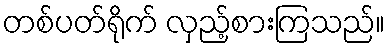
တစ်ပတ်ရိုက် လှည့်စားကြသည်။